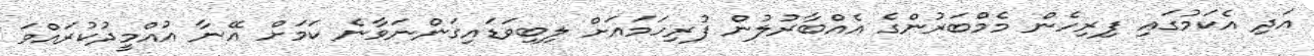
އަދި އެކަމުގައި ފިރިހެން މެމްބަރުންގެ އެއްބާރުލުން ފުރިހަމައަށް ލިބިވަޑައިގަންނަވާނެ ކަމަށް އޭނާ އުއްމީދުކުރައްވަ